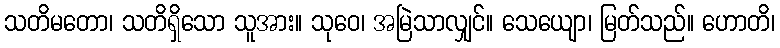
သတိမတော၊ သတိရှိသော သူအား။ သုဝေ၊ အမြဲသာလျှင်။ သေယျော၊ မြတ်သည်။ ဟောတိ၊